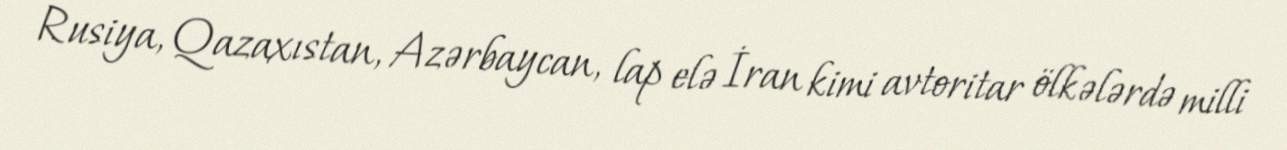
Rusiya, Qazaxıstan, Azərbaycan, lap elə İran kimi avtoritar ölkələrdə milli